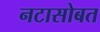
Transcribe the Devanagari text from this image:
नटासोबत